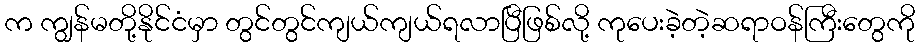
က ကျွန်မတို့နိုင်ငံမှာ တွင်တွင်ကျယ်ကျယ်ရလာပြီဖြစ်လို့ ကုပေးခဲ့တဲ့ဆရာဝန်ကြီးတွေကို